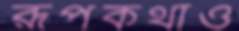
রূপকথাও